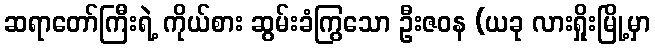
ဆရာတော်ကြီးရဲ့ ကိုယ်စား ဆွမ်းခံကြွသော ဦးဇဝန (ယခု လားရှိုးမြို့မှာ